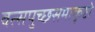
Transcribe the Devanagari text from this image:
वत्सपुच्छसमाकृष्टो